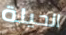
الحيلة